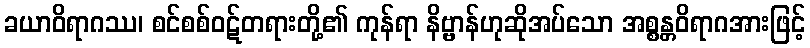
ခယာဝိရာဂဿ၊ စင်စစ်ဝဋ်တရားတို့၏ ကုန်ရာ နိဗ္ဗာန်ဟုဆိုအပ်သော အစ္စန္တဝိရာဂအားဖြင့်